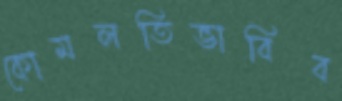
কোমলতিভাবিব